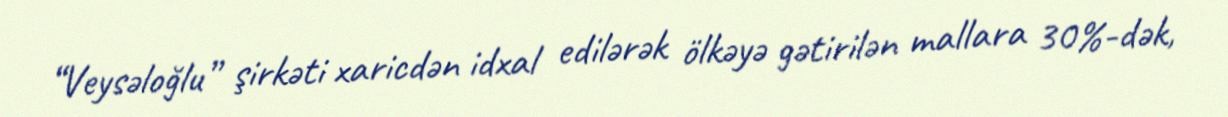
“Veysəloğlu” şirkəti xaricdən idxal edilərək ölkəyə gətirilən mallara 30%-dək,